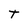
Character: T